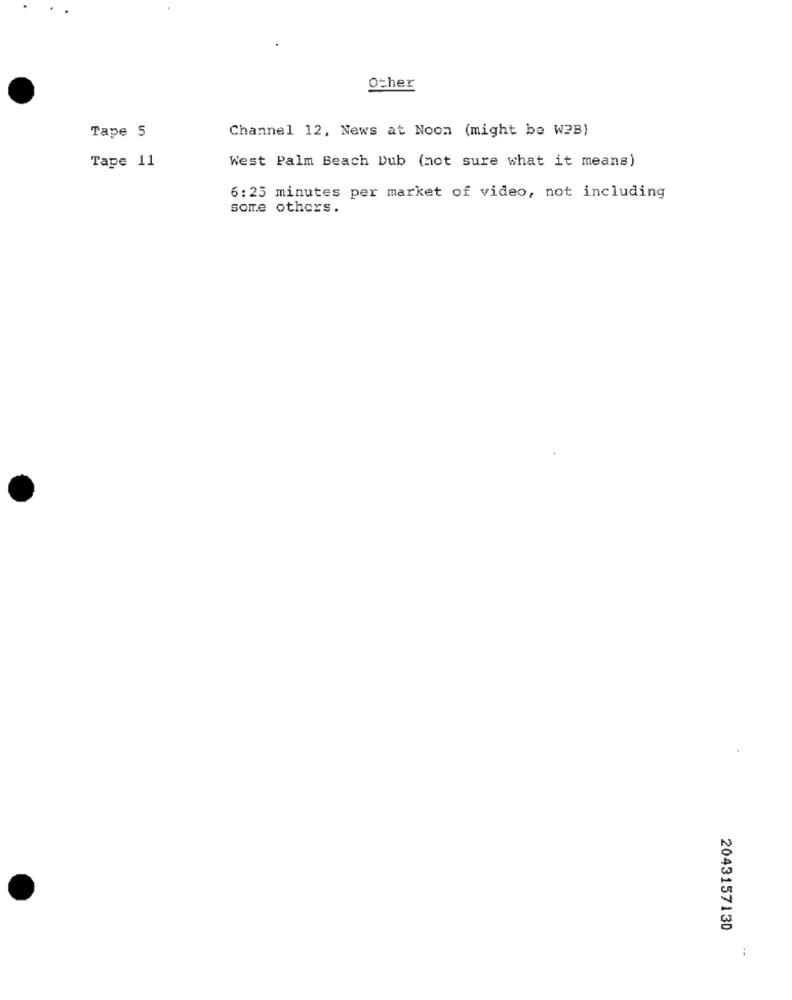
Other
Channel 12, News at Noon (might be W2B)
Tape 5
Tape 11
West Palm Beach Dub (not sure what it means)
6:25 minutes per market of video, not including
some others.
2043157130
: